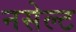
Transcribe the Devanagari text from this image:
नसेल्ट